Calcutta medical institutions reports 1879-81 [i.e.91]
Year: 1879
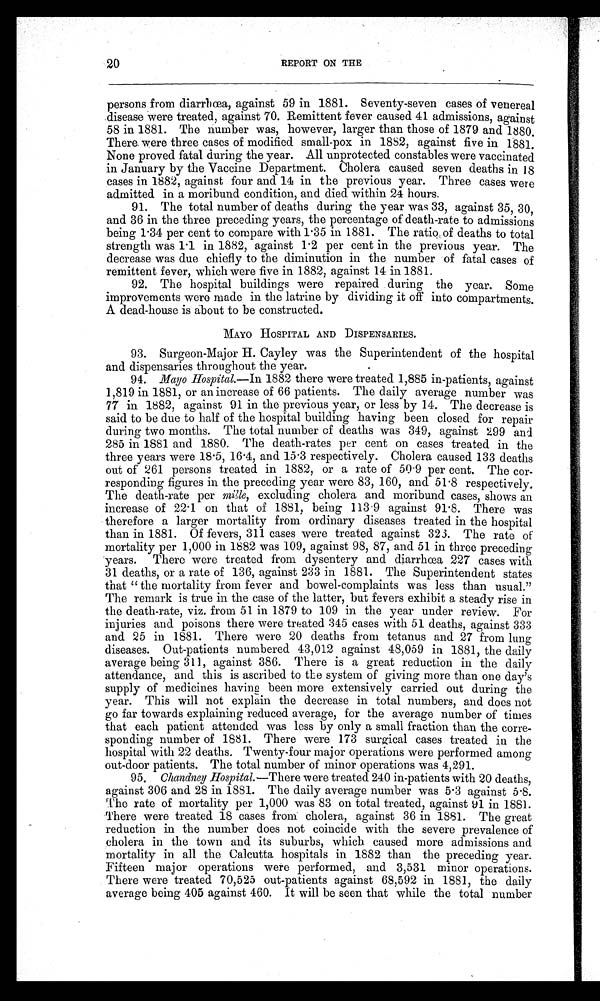
20
REPORT ON THE
persons from diarrhœa, against 59 in 1881. Seventy-seven cases of venereal
disease were treated, against 70. Remittent fever caused 41 admissions, against
58 in 1881. The number was, however, larger than those of 1879 and 1880.
There were three cases of modified small-pox in 1882, against five in 1881.
None proved fatal during the year. All unprotected constables were vaccinated
in January by the Vaccine Department. Cholera caused seven deaths in 18
cases in 1882, against four and 14 in the previous year. Three cases were
admitted in a moribund condition, and died within 24 hours.
91. The total number of deaths during the year was 33, against 35, 30,
and 36 in the three preceding years, the percentage of death-rate to admissions
being 1.34 per cent to compare with 1 . 35 in 1881. The ratio of deaths to total
strength was 1 .1 in 1882, against 1 . 2 per cent in the previous year. The
decrease was due chiefly to the diminution in the number of fatal cases of
remittent fever, which were five in 1882, against 14 in 1881.
92. The hospital buildings were repaired during the year. Some
improvements were made in the latrine by dividing it off into compartments.
A dead-house is about to be constructed.
MAYO HOSPITAL AND DISPENSARIES.
93. Surgeon-Major H. Cayley was the Superintendent of the hospital
and dispensaries throughout the year.
94. Mayo Hospital.—In 1882 there were treated 1,885 in-patients, against
1,819 in 1881, or an increase of 66 patients. The daily average number was
77 in 1882, against 91 in the previous year, or less by 14. The decrease is
said to be due to half of the hospital building having been closed for repair
during two months. The total number of deaths was 349, against 299 and
285 in 1881 and 1880. The death-rates per cent on cases treated in the
three years were 18 . 5, 16 .4, and 15 . 3 respectively. Cholera caused 133 deaths
out of 261 persons treated in 1882, or a rate of 50.9 per cent. The cor-
responding figures in the preceding year were 83, 160, and 51 . 8 respectively.
The death-rate per mille, excluding cholera and moribund cases, shows an
increase of 22 . 1 on that of 1881, being 113 . 9 against 91 . 8. There was
therefore a larger mortality from ordinary diseases treated in the hospital
than in 1881. Of fevers, 311 cases were treated against 323. The rate of
mortality per 1,000 in 1882 was 109, against 98, 87, and 51 in three preceding
years. There were treated from dysentery and diarrhœa 227 cases with
31 deaths, or a rate of 136, against 233 in 1881. The Superintendent states
that " the mortality from fever and bowel-complaints was less than usual."
The remark is true in the case of the latter, but fevers exhibit a steady rise in
the death-rate, viz. from 51 in 1879 to 109 in the year under review. For
injuries and poisons there were treated 345 cases with 51 deaths, against 333
and 25 in 1881. There were 20 deaths from tetanus and 27 from lung
diseases. Out-patients numbered 43,012 against 48,059 in 1881, the daily
average being 311, against 386. There is a great reduction in the daily
attendance, and this is ascribed to the system of giving more than one day's
supply of medicines having been more extensively carried out during the
year. This will not explain the decrease in total numbers, and does not
go far towards explaining reduced average, for the average number of times
that each patient attended was less by only a small fraction than the corre-
sponding number of 1881. There were 173 surgical cases treated in the
hospital with 22 deaths. Twenty-four major operations were performed among
out-door patients. The total number of minor operations was 4,291.
95. Chandney Hospital.—There were treated 240 in-patients with 20 deaths,
against 306 and 28 in 1881. The daily average number was 5 . 3 against 5.8.
The rate of mortality per 1,000 was 83 on total treated, against 91 in 1881.
There were treated 18 cases from cholera, against 36 in 1881. The great
reduction in the number does not coincide with the severe prevalence of
cholera in the town and its suburbs, which caused more admissions and
mortality in all the Calcutta hospitals in 1882 than the preceding year.
Fifteen major operations were performed, and 3,531 minor operations.
There were treated 70,525 out-patients against 68,592 in 1881, the daily
average being 405 against 460. It will be seen that while the total number